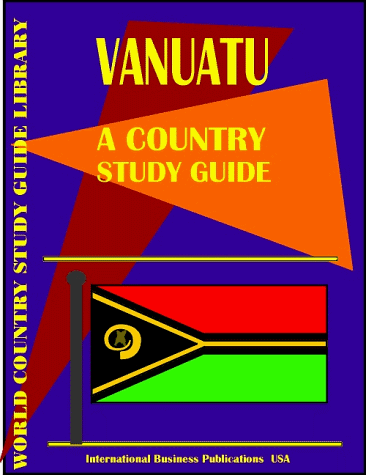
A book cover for Vanuatu Country Study Guide (World Country Study Guide; USA International Business Publications; Travel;